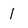
Character: 1